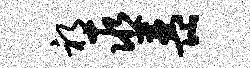
祁巫琵